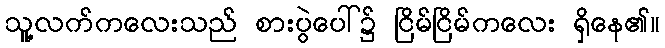
သူ့လက်ကလေးသည် စားပွဲပေါ်၌ ငြိမ်ငြိမ်ကလေး ရှိနေ၏။